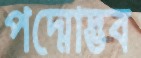
পদ্মোদ্ভব